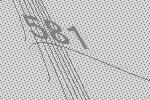
581